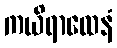
ကယိရာထေနံ